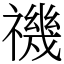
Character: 禨